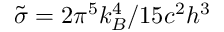
\tilde { \sigma } = { 2 \pi ^ { 5 } k _ { B } ^ { 4 } } / { 1 5 c ^ { 2 } h ^ { 3 } }